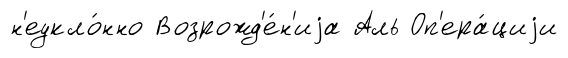
н'еукло́нно Возрожд'е́н'иjа Аль Оп'ера́циjи